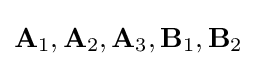
\mathbf {A} _{1},\mathbf {A} _{2},\mathbf {A} _{3},\mathbf {B} _{1},\mathbf {B} _{2}